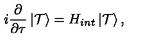
i \frac { \partial } { \partial \tau } \left| { \cal T } \right> = H _ { i n t } \left| { \cal T } \right> ,